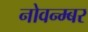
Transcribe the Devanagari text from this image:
नोवन्म्बर